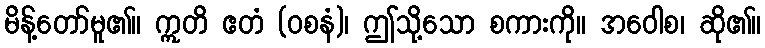
မိန့်တော်မူ၏။ ဣတိ ဧတံ (ဝစနံ)၊ ဤသို့သော စကားကို။ အဝေါစ၊ ဆို၏။